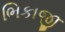
ભિકાજી